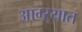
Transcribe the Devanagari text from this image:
आग्ऱ्यात